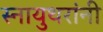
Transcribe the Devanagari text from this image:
स्नायुथरांनी